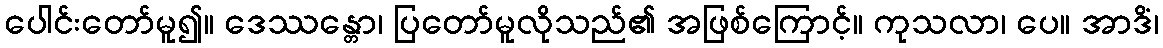
ပေါင်းတော်မူ၍။ ဒေဿန္တော၊ ပြတော်မူလိုသည်၏ အဖြစ်ကြောင့်။ ကုသလာ၊ ပေ။ အာဒိံ၊